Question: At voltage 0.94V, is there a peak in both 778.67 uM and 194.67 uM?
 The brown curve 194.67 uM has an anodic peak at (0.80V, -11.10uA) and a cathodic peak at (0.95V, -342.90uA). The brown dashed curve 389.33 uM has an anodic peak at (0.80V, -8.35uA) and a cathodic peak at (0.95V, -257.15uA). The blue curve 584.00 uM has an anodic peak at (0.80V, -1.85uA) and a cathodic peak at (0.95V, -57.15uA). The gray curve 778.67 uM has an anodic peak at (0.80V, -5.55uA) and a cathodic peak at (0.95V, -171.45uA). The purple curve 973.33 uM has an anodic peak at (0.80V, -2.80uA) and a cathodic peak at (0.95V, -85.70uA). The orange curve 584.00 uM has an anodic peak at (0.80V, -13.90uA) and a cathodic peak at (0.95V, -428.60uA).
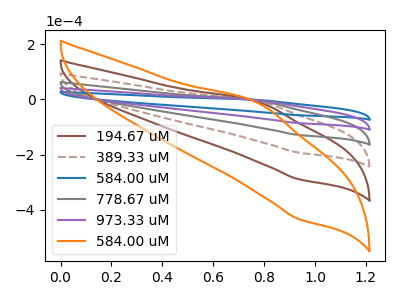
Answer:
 <answer>Yes, "778.67 uM" and "194.67 uM" share a peak at 0.94V.</answer>
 <eval>match</eval>